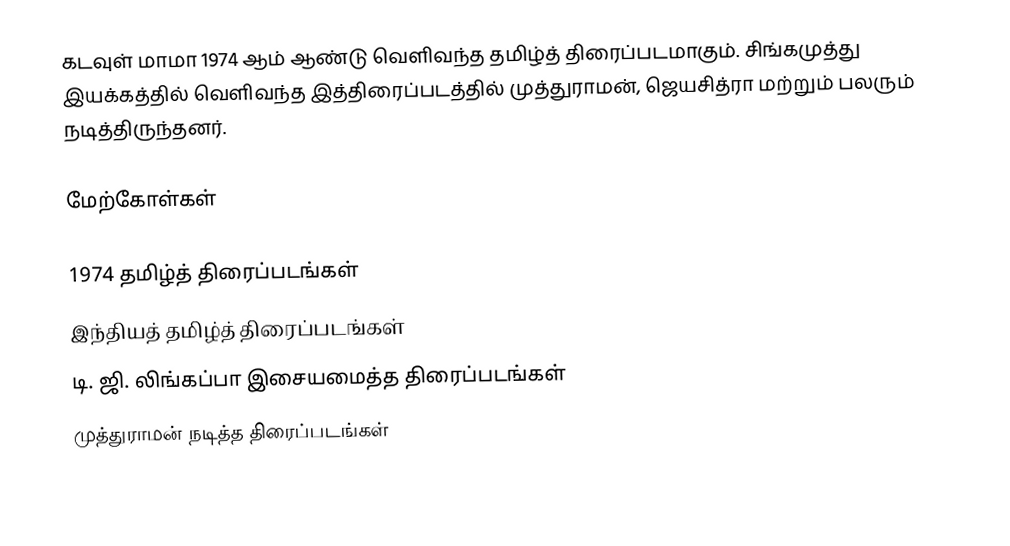
கடவுள் மாமா 1974 ஆம் ஆண்டு வெளிவந்த தமிழ்த் திரைப்படமாகும். சிங்கமுத்து இயக்கத்தில் வெளிவந்த இத்திரைப்படத்தில் முத்துராமன், ஜெயசித்ரா மற்றும் பலரும் நடித்திருந்தனர்.

மேற்கோள்கள்

1974 தமிழ்த் திரைப்படங்கள்
இந்தியத் தமிழ்த் திரைப்படங்கள்
டி. ஜி. லிங்கப்பா இசையமைத்த திரைப்படங்கள்
முத்துராமன் நடித்த திரைப்படங்கள்